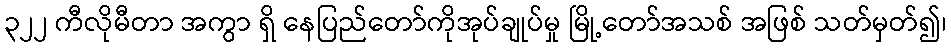
၃၂၂ ကီလိုမီတာ အကွာ ရှိ နေပြည်တော်ကိုအုပ်ချုပ်မှု မြို့တော်အသစ် အဖြစ် သတ်မှတ်၍၊